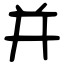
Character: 并